Indian journal of veterinary science and animal husbandry - Volume 11,
Year: 1941
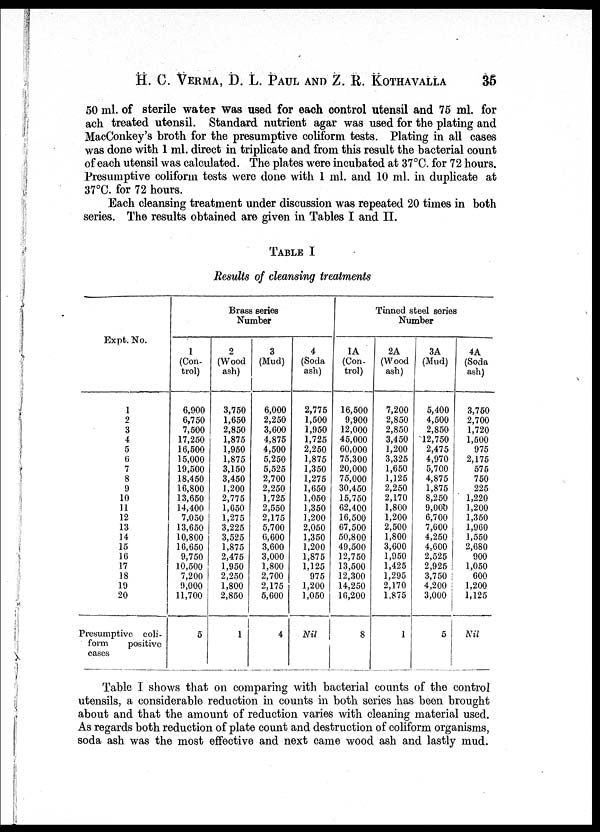
H. C. VERMA, D. L. PAUL AND Z. R. KOTHAVALLA 35
50 ml. of sterile water was used for each control utensil and 75 ml. for
ach treated utensil. Standard nutrient agar was used for the plating and
MacConkey's broth for the presumptive coliform tests. Plating in all cases
was done with 1 ml. direct in triplicate and from this result the bacterial count
of each utensil was calculated. The plates were incubated at 37°C. for 72 hours.
Presumptive coliform tests were done with 1 ml. and 10 ml. in duplicate at
37°C. for 72 hours.
Each cleansing treatment under discussion was repeated 20 times in both
series. The results obtained are given in Tables I and II.
TABLE I
Results of cleansing treatments
Expt. No.
1
2
3
4
5
6
7
8
9
10
11
12
13
14
15
16
17
18
19
20
Presumptive coli-
form
positive
cases
Brass series
Number
1
(Con-
trol)
6,900
6,750
7,500
17,250
16,500
15,000
19,500
18,450
16,800
13,650
14,400
7,050
13,650
10,800
16,650
9,750
10,500
7,200
9,000
11,700
5
(Wood
ash)
3,750
1,650
2,850
1,875
1,950
1,875
3,150
3,450
1,200
2,775
1,650
1,275
3,225
3,525
1,875
2,475
1,950
2,250
1,800
2,850
1
3
(Mud)
6,000
2,250
3,600
4,875
4,500
5,250
5,525
2,700
2,250
1,725
2,550
2,175
5,700
6,600
3,600
3,000
1,800
2,700
2,175
5,600
4
4
(Soda
ash)
2,775
1,500
1,950
1,725
2,250
1,875
1,350
1,275
1,650
1,050
1,350
1,200
2,050
1,350
1,200
1,875
1,125
975
1,200
1,050
Nil
Tinned steel series
Number
1A
(Con¬
trol)
16,500
9,900
12,000
45,000
60,000
75,300
20,000
75,000
30,450
15,750
62,400
16,500
67,500
50,800
49,500
12,750
13,500
12,300
14,250
16,200
8
2A
(Wood
ash)
7,200
2,850
2,850
3,450
1,200
3,325
1,650
1,125
2,250
2,170
1,800
1,200
2,500
1,800
3,600
1,950
1,425
1,295
2,170
1,875
1
3A
(Mud)
5,400
4,500
2,850
12,750
2,475
4,970
5,700
4,875
1,875
8,250
9,000
6,700
7,600
4,250
4,600
2,525
2,925
3,750
4,200
3,000
5
4A
(Soda
ash)
3,750
2,700
1,720
1,500
975
2,175
575
750
225
1,220
1,200
1,350
1,960
1,550
2,680
900
1,050
600
1,200
1,125
Nil
Table I shows that on comparing with bacterial counts of the control
utensils, a considerable reduction in counts in both series has been brought
about and that the amount of reduction varies with cleaning material used.
As regards both reduction of plate count and destruction of coliform organisms,
soda ash was the most effective and next came wood ash and lastly mud.